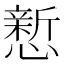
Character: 𪬴